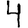
Digit: 4